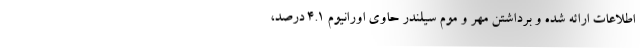
اطلاعات ارائه شده و برداشتن مهر و موم سیلندر حاوی اورانیوم ۴.۱ درصد،